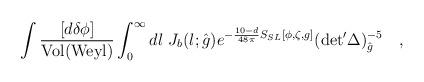
LaTeX: \begin{align*}\int {{[d\delta \phi] }\over{ {\rm Vol}({\rm Weyl}) }} \int_0^{\infty} dl ~ J_b(l;{\hat{g}}) e^{-{{10-d}\over{48\pi}} S_{SL}[\phi,\zeta,g]} ({\rm det}^{\prime} \Delta )_{{\hat{g}}}^{-5} \quad ,\end{align*}